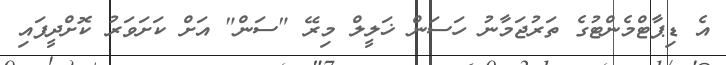
އެ ޑިޕާާޓްމެންޓުގެ ތަރުޖަމާނު ހަސަން ޚަލީލް މިރޭ "ސަން" އަށް ކަށަވަރު ކޮށްދީފައި